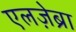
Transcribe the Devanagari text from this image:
एलज़ेब्रा